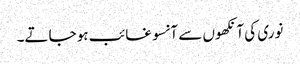
نوری کی آنکھوں سے آنسو غائب ہو جاتے۔